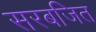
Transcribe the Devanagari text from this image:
सरबजित